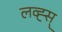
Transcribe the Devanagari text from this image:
लव्ह्स्